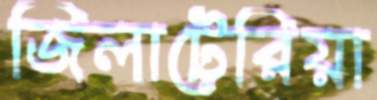
জিলাটেরিয়া